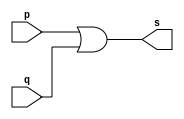
// ---------------------
// Extra2.v - or 
// Nome: Silvino Henrique Santos de Souza
// --------------------- 
// --------------------- 
// -- xor gate 
// --------------------- 
module orgate (output [0:3] s, 
input [0:3] p, 
input [0:3] q); 
assign s = p | q ; 
endmodule // or 
// --------------------- 
// -- test orgate 
// --------------------- 
module testorgate; 
// ------------------------- dados locais 
reg [0:3] a,b; // definir registrador 
wire [0:3] s; // definir conexao (fio) 
// ------------------------- instancia 
orgate OR1 (s, a, b); 
// ------------------------- preparacao 
initial begin:start 
a=4'b0011; // 4 valores binarios 
b=4'b0101; // 4 valores binarios 
end 
// ------------------------- parte principal 
initial begin:main 
$display("Extra2 - Silvino Henrique Santos de Souza - 412773");
$display("Test or gate"); 
$display("\n a ^ b = s\n"); 
$monitor("%b ^ %b = %b", a, b, s); 
#1 a=0; b=0; // valores decimais 
#1 a=4'b0010; b=4'b0001; // valores binarios 
#1 a=4'd1; b=3; // decimal e decimal 
#1 a=4'o5; b=2; // octal e decimal 
#1 a=4'hA; b=3; // hexadecimal e decimal 
#1 a=4'h9; b=4'o3; // hexadecimal e octal 
end 
endmodule // testorgate